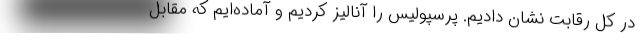
در کل رقابت نشان دادیم. پرسپولیس را آنالیز کردیم و آماده‌ایم که مقابل